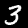
Digit: 3